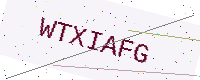
Text: WTXIAFG